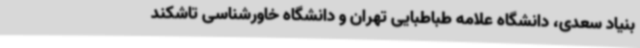
بنیاد سعدی، دانشگاه علامه طباطبایی تهران و دانشگاه خاورشناسی تاشکند